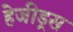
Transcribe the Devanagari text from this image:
हेजीड्रस